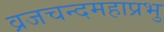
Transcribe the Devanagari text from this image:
व्रजचन्दमहाप्रभु